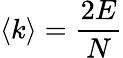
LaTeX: \langle k\rangle={\frac{2E}{N}}